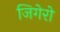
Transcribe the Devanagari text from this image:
जिगेरो